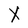
Character: X